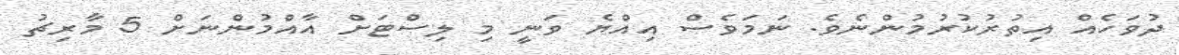
ދުވަހެއް އިތުރުކުރުމުންނެވެ. ނަމަވެސް އިއްޔެ ވަނީ މި ލިސްޓަށް އާއްމުންނަށް 5 މާރިޗު